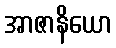
အာဇာနိယော